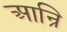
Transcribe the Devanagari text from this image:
आन्रि